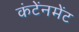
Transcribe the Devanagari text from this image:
कंटेंनमेंट